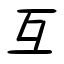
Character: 互